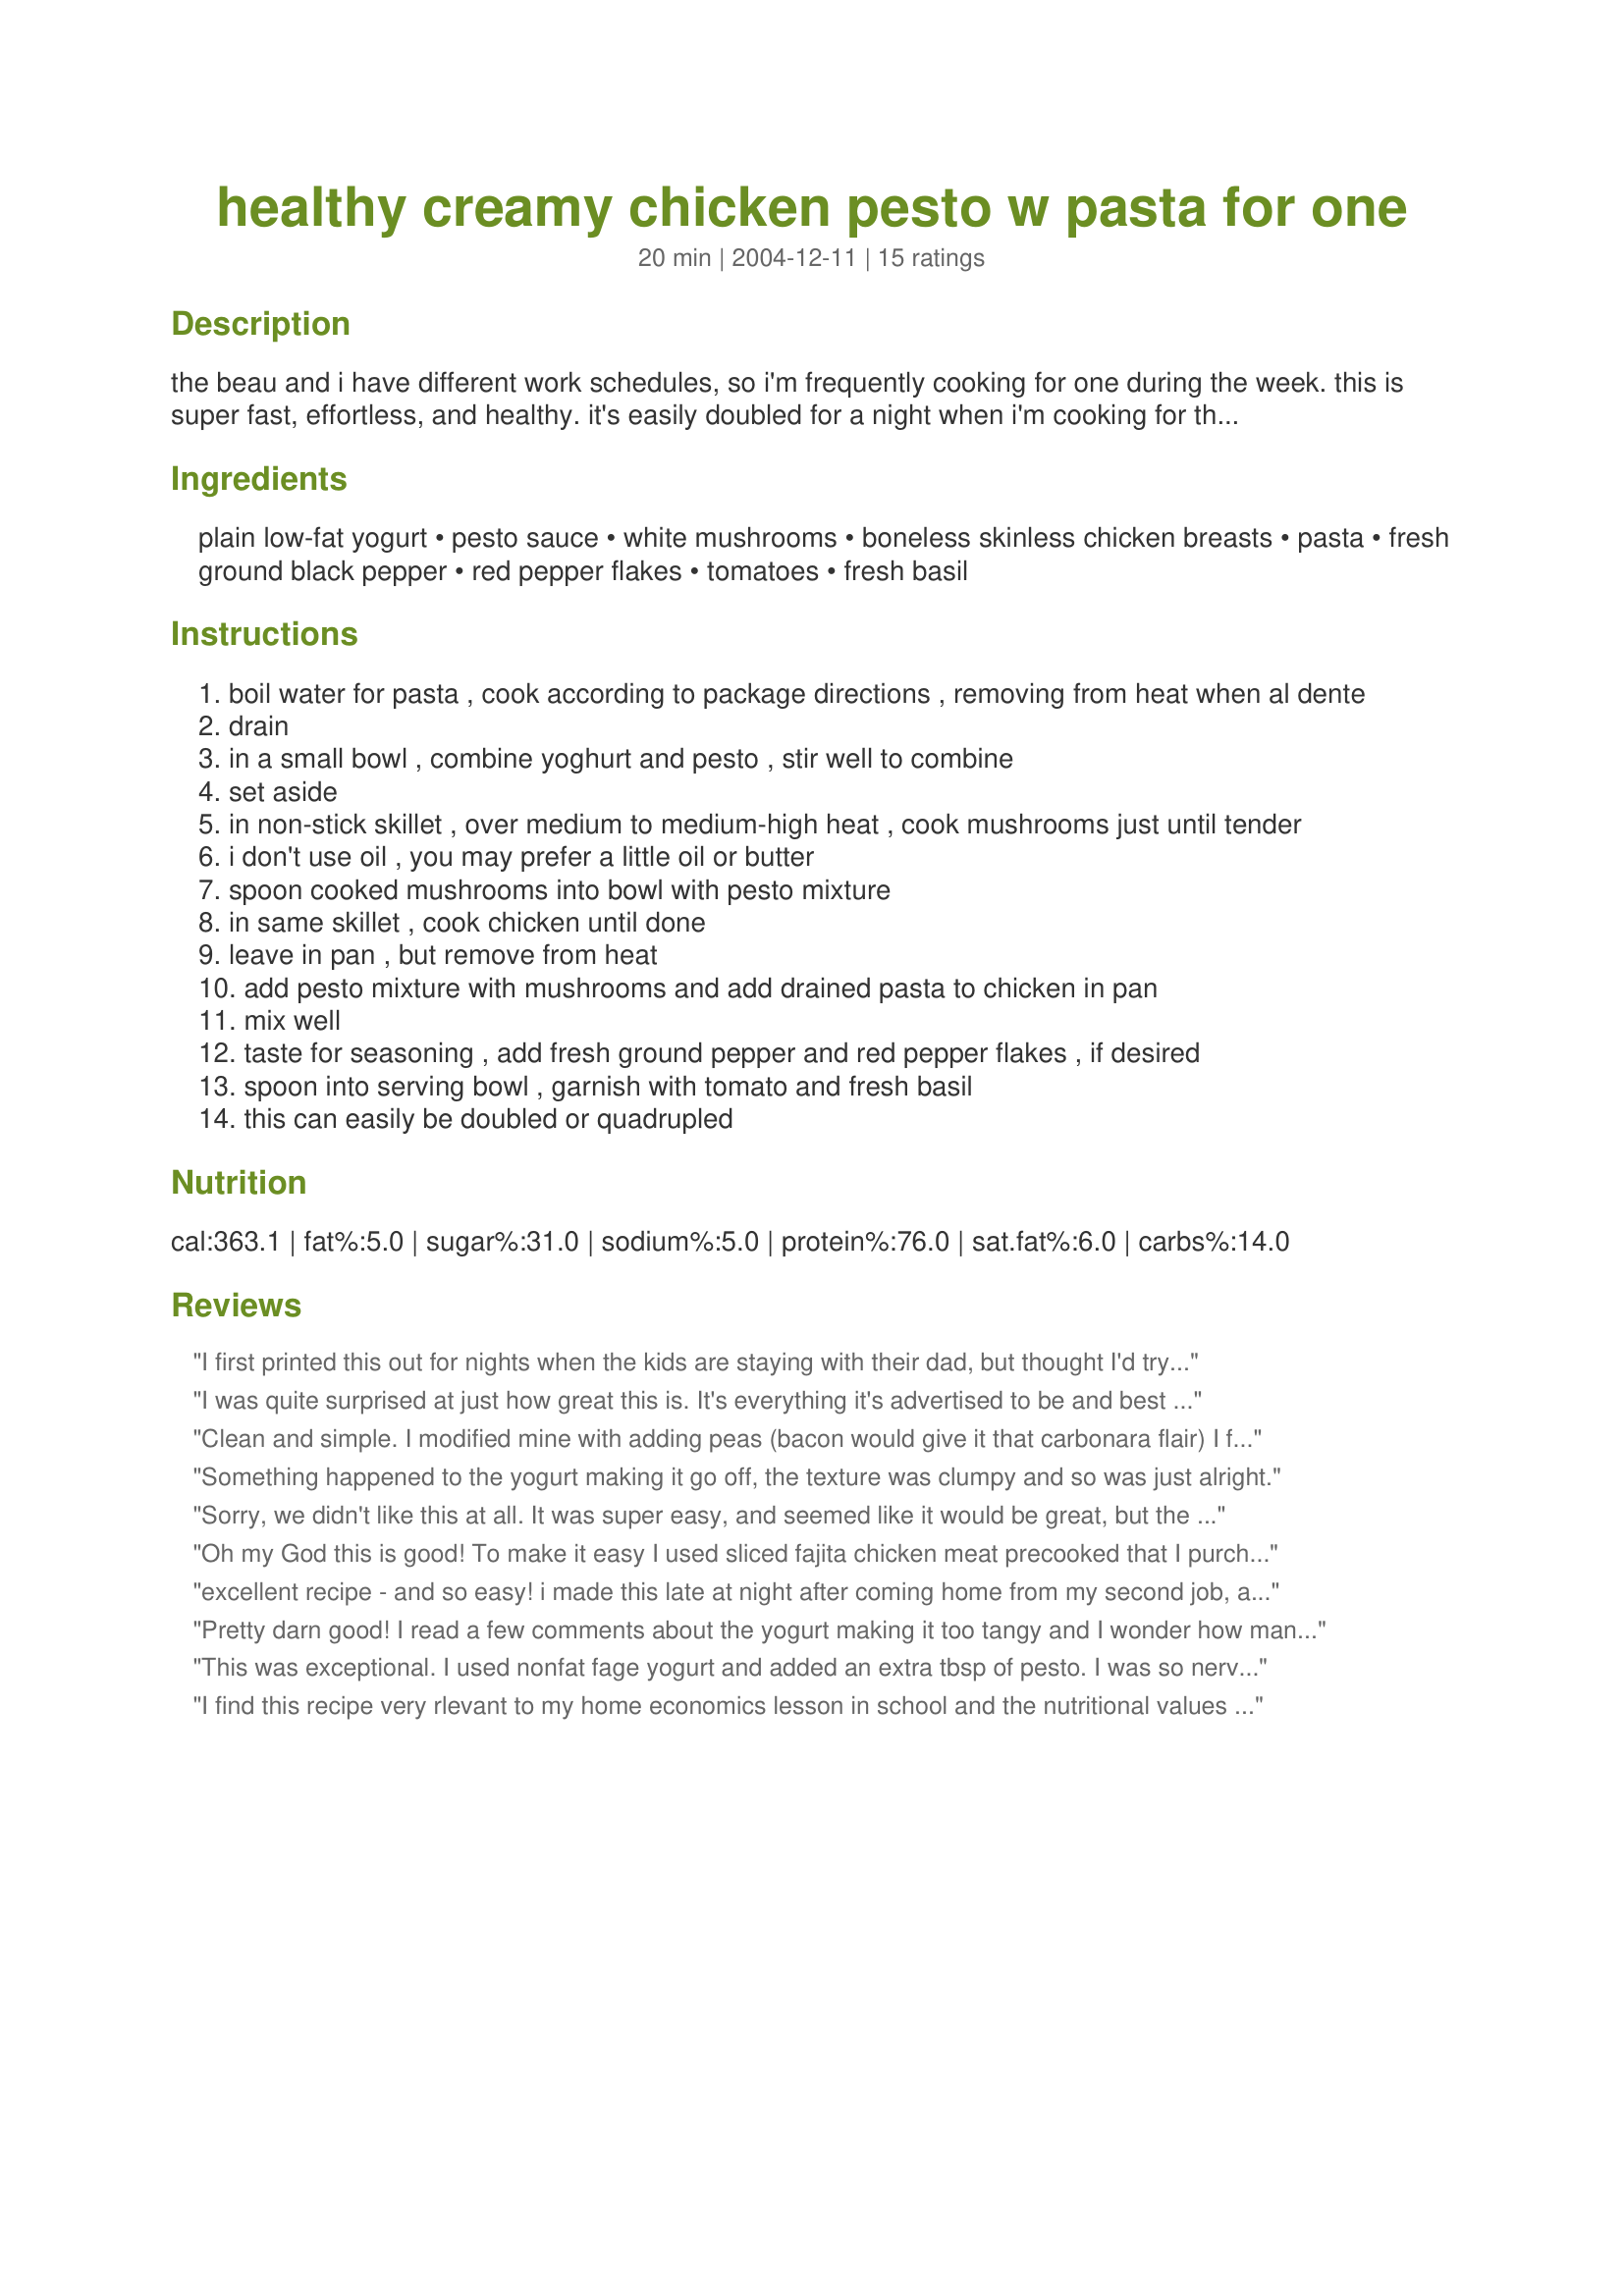
healthy creamy chicken pesto w pasta for one
Preparation time: 20 minutes

the beau and i have different work schedules, so i'm frequently cooking for one during the week. this is super fast, effortless, and healthy. it's easily doubled for a night when i'm cooking for the both of us. i always have the ingredients on hand and the creamy texture makes me think i'm getting away with an indulgence. the chicken can be omitted for a vegetarian meal.

Ingredients:
plain low-fat yogurt, pesto sauce, white mushrooms, boneless skinless chicken breasts, pasta, fresh ground black pepper, red pepper flakes, tomatoes, fresh basil

Steps:
boil water for pasta , cook according to package directions , removing from heat when al dente
drain
in a small bowl , combine yoghurt and pesto , stir well to combine
set aside
in non-stick skillet , over medium to medium-high heat , cook mushrooms just until tender
i don't use oil , you may prefer a little oil or butter
spoon cooked mushrooms into bowl with pesto mixture
in same skillet , cook chicken until done
leave in pan , but remove from heat
add pesto mixture with mushrooms and add drained pasta to chicken in pan
mix well
taste for seasoning , add fresh ground pepper and red pepper flakes , if desired
spoon into serving bowl , garnish with tomato and fresh basil
this can easily be doubled or quadrupled

Reviews:
I first printed this out for nights when the kids are staying with their dad, but thought I'd try it on them too--they loved it! ALthought my littlest one picked out the mushrooms, but I would expect any less. I'll make again, it's very easy and fast, I did a "quadruple" batch. I keep cooked chicken on hand, frozen in baggies, so it was even faster that way. I left the red pepper flakes out of their servings, but sprinkled on mine. As the kids say--Easy Peasy!
I was quite surprised at just how great this is. It's everything it's advertised to be and best of all it doesn't taste "healthy". Dh has no idea what he just ate and he cleaned his plate exclaiming how much he liked it. Absolutely amazing how much flavor you can get out of a tablespoon or two of pesto. I added a few more vegetables just because I had them on hand; extra tomato and some artichoke hearts. Wonderful recipe, bikerchick.
Clean and simple. I modified mine with adding peas (bacon would give it that carbonara flair) I found that a splash of milk gave a smoother texture and cut the richness of the yogurt. I'm going to try fresh Roma tomatoes and balsamic glaze for the next add in.
Something happened to the yogurt making it go off, the texture was clumpy and so was just alright.
Sorry, we didn't like this at all. It was super easy, and seemed like it would be great, but the yogurt gave it a really strange tang. I won't be making this again.
Oh my God this is good! To make it easy I used sliced fajita chicken meat precooked that I purchased in a bag. All I had to do was heat it up with the sauce in the microwave and pour over the pasta. My husband loved it! Thanks.
excellent recipe - and so easy! i made this late at night after coming home from my second job, and it came together in fifteen minutes. i tasted the pesto/yogurt mix before it was added to the pasta and i thought the tang might overtake the dish, but it definitely did not - balanced well with pasta and sweet tomatoes. i made the vegetarian version, and it's perfect portion size for one. great job!
Pretty darn good! I read a few comments about the yogurt making it too tangy and I wonder how many of us who complained of the tangyness used a cheaper brand of yogurt? As a huge yogurt eater, I have noticed a difference in the brands and I made this recipe with the cheaper store brand. I thought it was a little too tangy, but I will make again using Dannon. Thanks!
This was exceptional. I used nonfat fage yogurt and added an extra tbsp of pesto. I was so nervous it was going to come out "tangy" like tinkerpuppet suggested that I was very careful not to overload on the yogurt. I wish I had. In the end it could have used that extra dollop or two of yogurt, but by then it was too late bc I didn't want my beau to know the ingredients!
I find this recipe very rlevant to my home economics lesson in school and the nutritional values are under the daily requirements.
Nice tang from the yogurt, but balanced out by the other ingredients, this is a winner. Made as indicated... except for the extra parmesan. ;o) Thanks, bikerchick!
This was so good and easy! I didn&#039;t include the mushrooms because I didn&#039;t have any but it would be good either way.
This dish is great! I must confess that I deviated from the recipe quite a bit. In particular I used 4 oz of chicken breast that had been cooked in wine in the slow cooker. I skipped the pasta entirely and used 8oz of mushrooms. Also I used 1 full tablespoon of pesto and 1/4 cup of yogurt. The sauce is so flavorful. I'm in love with this recipe! Thank you so much!
I was looking for something for dinner tonight that was quick and easy and I came across this recipe...and since, I had just made pesto over the weekend I gave it a try. I doubled the pesto, sprinkled the finished product with some red pepper and some fresh mozarella, and I thought the hubby was going to die...he went on, and on, and on and on about how good it was....awesome recipe..He gave it 5 stars and 2 thumbs up....I give it 10 stars for being quick and easy and good...almost impressive enough to serve to company....
I doubled the amount of pasta and used nonfat plain yogurt as that was what I had on hand. This was as good as the full fat version I has at a local restaurant recently. I love the addition of the red pepper flakes.
